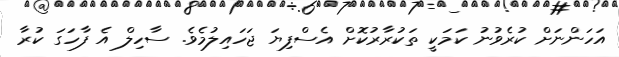
އަހަންނަށް ކުރެވުނު ކަމަކީ ތަކުރާރުކޮށް އެސްފިޔަ ޖަހައިލުމެވެ. ސާހިލް އެ ފާހަގަ ކުރާ